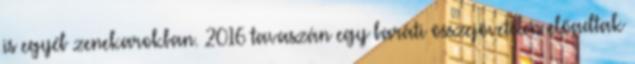
is egyéb zenekarokban. 2016 tavaszán egy baráti összejövetelen előadtak